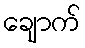
ချောက်